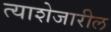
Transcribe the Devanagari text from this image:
त्याशेजारील